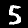
Digit: 5